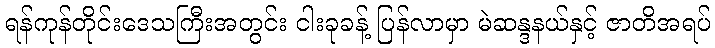
ရန်ကုန်တိုင်းဒေသကြီးအတွင်း ငါးခုခန့် ပြန်လာမှာ မဲဆန္ဒနယ်နှင့် ဇာတိအရပ်